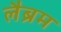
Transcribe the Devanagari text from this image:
लैब्रम